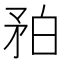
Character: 𥍡